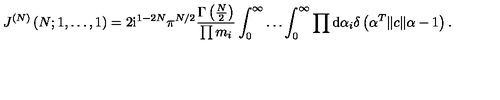
J ^ { ( N ) } \left( N ; 1 , \ldots , 1 \right) = 2 \mathrm { i } ^ { 1 - 2 N } \pi ^ { N / 2 } \frac { \Gamma \left( { \textstyle { \frac { N } { 2 } } } \right) } { \prod m _ { i } } \int _ { 0 } ^ { \infty } \ldots \int _ { 0 } ^ { \infty } \prod \mathrm { d } \alpha _ { i } \delta \left( \alpha ^ { T } \| c \| \alpha - 1 \right) .